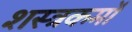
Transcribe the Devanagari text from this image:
शस्त्रकर्मों